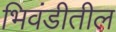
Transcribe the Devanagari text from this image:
भिवंडीतील